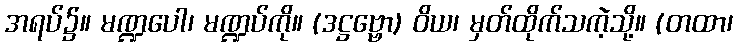
အရပ်၌။ မဏ္ဍပေါ၊ မဏ္ဍပ်ကို။ (ဒဋ္ဌဗ္ဗော) ဝိယ၊ မှတ်ထိုက်သကဲ့သို့။ (တထာ၊